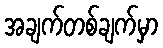
အချက်တစ်ချက်မှာ